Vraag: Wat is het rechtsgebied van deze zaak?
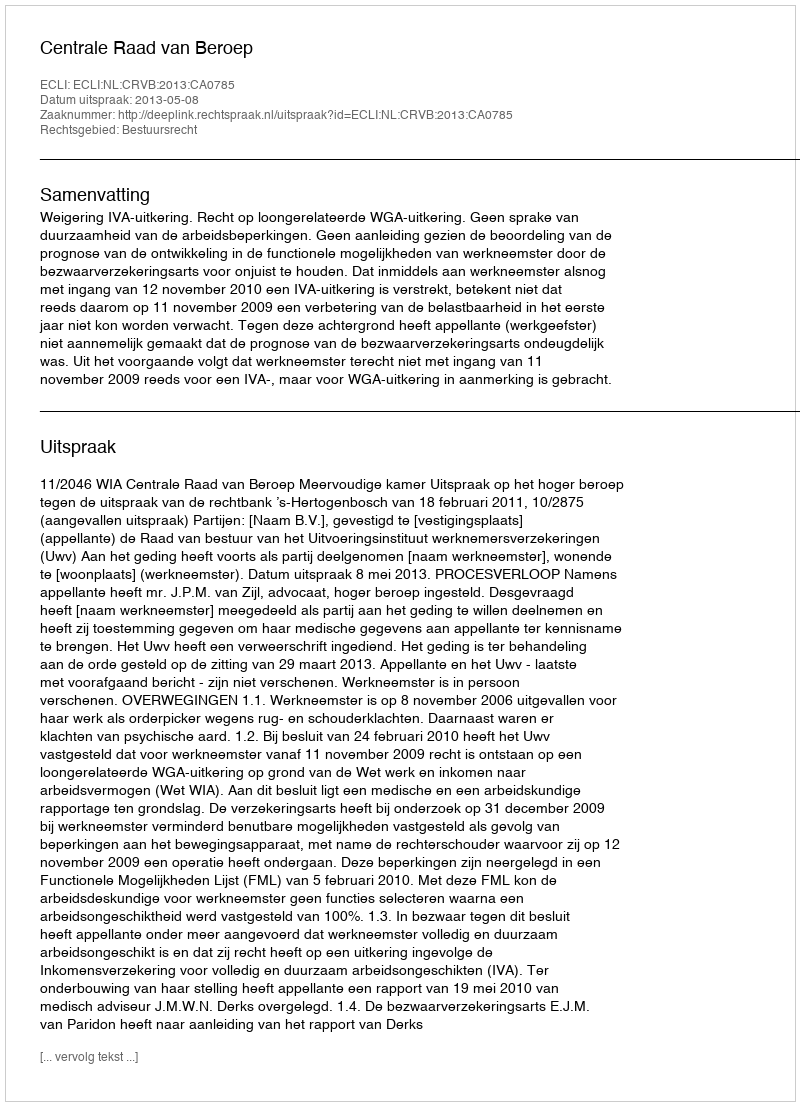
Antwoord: Bestuursrecht